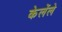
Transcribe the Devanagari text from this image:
केलेंले